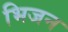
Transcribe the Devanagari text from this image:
भिजन